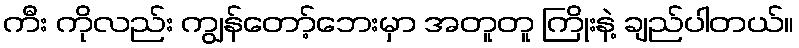
ကီး ကိုလည်း ကျွန်တော့်ဘေးမှာ အတူတူ ကြိုးနဲ့ ချည်ပါတယ်။